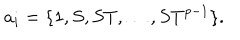
a _ { i } = \{ 1 , S , S T , \dots , S T ^ { p - 1 } \} .